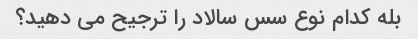
بله کدام نوع سس سالاد را ترجیح می دهید؟